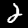
Label: 2